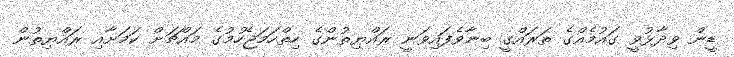
ޑީން ވިދާޅުވީ ގައުމެއްގެ ތަރައްގީ ބިނާވެފައިވަނީ ރައްޔިތުންގެ ހިތްހަމަޖެހުމުގެ މައްޗަށް ކަމަށާއި ރައްޔިތުން